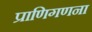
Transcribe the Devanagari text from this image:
प्राणिगणना